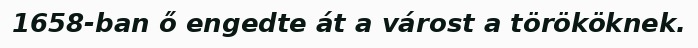
1658-ban ő engedte át a várost a törököknek.